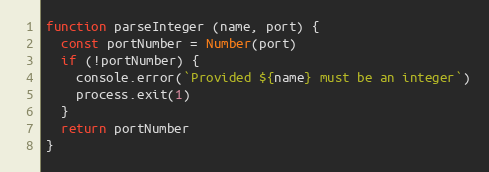
Language: JavaScript
function parseInteger (name, port) {
  const portNumber = Number(port)
  if (!portNumber) {
    console.error(`Provided ${name} must be an integer`)
    process.exit(1)
  }
  return portNumber
}